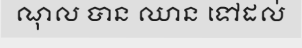
ណុល បាន ឈាន ទៅដល់